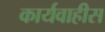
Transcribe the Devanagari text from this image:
कार्यवाहीस